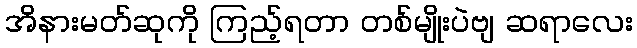
အိနားမတ်ဆုကို ကြည့်ရတာ တစ်မျိုးပဲဗျ ဆရာလေး